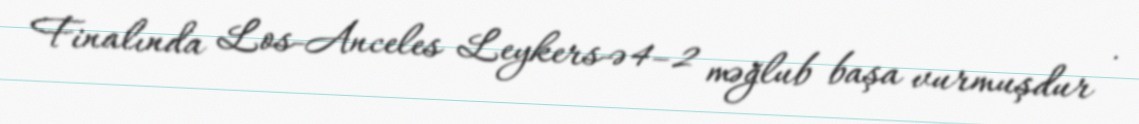
Finalında Los-Anceles Leykers-ə 4–2 məğlub başa vurmuşdur .